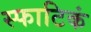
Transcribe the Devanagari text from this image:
स्फाटिकं